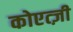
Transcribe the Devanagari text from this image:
कोएत्ज़ी